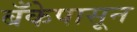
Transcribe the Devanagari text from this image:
बँकेपासून